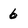
Character: 6